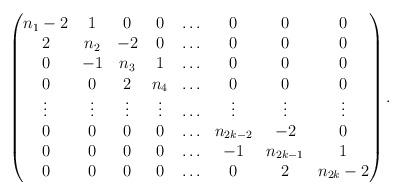
LaTeX: \begin{align*}\begin{pmatrix}n_1-2&1& 0 & 0 & \ldots & 0 & 0 & 0\\2&n_2& -2 & 0 & \ldots & 0 & 0 & 0\\0&-1& n_3 & 1 & \ldots & 0 & 0 & 0\\0&0& 2 & n_4 & \ldots & 0 & 0 & 0\\\vdots & \vdots & \vdots & \vdots & \ldots & \vdots & \vdots & \vdots\\0&0&0&0& \ldots & n_{2k-2} & -2 & 0\\0&0&0&0& \ldots & -1 & n_{2k-1} & 1\\0&0&0&0& \ldots & 0 & 2 & n_{2k}-2\\\end{pmatrix}.\end{align*}